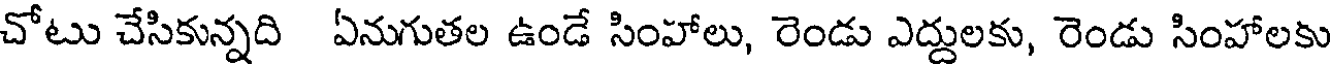
చోటు చేసికున్నది ఏనుగుతల ఉండే సింహాలు, రెండు ఎద్దులకు, రెండు సింహాలకు